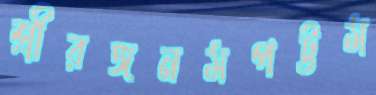
শ্রীরঙ্গনমপট্টম